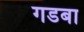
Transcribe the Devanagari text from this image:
गडबा